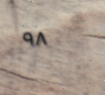
٩٨